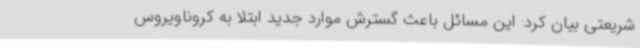
شریعتی بیان کرد: این مسائل باعث گسترش موارد جدید ابتلا به کروناویروس